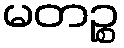
မတဉ္စ